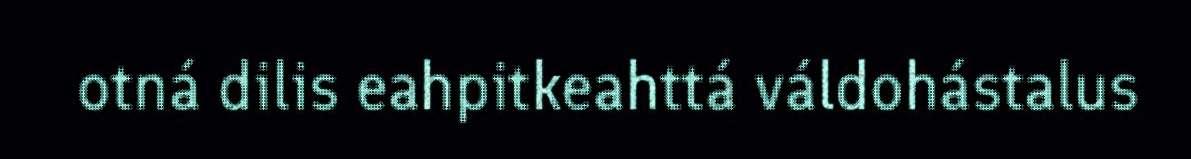
otná dilis eahpitkeahttá váldohástalus